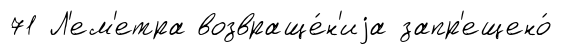
71 Л'ем'етра возвраще́н'иjа запр'ещено́